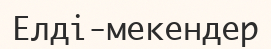
Елді-мекендер